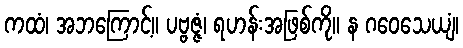
ကထံ၊ အဘကြောင့်။ ပဗ္ဗဇ္ဇံ၊ ရဟန်းအဖြစ်ကို။ န ဂဝေသေယျံ၊